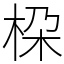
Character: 桗